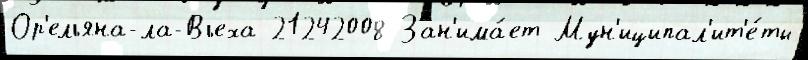
Ор'ельяна-ла-Вьеха 21242008 Зан'има́ет Мун'иципал'ит'е́ты